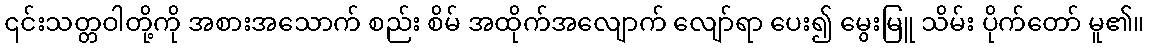
၎င်းသတ္တဝါတို့ကို အစားအသောက် စည်း စိမ် အထိုက်အလျောက် လျော်ရာ ပေး၍ မွေးမြူ သိမ်း ပိုက်တော် မူ၏။